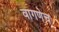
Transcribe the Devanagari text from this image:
वागणेच